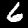
Digit: 6